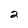
Character: 2